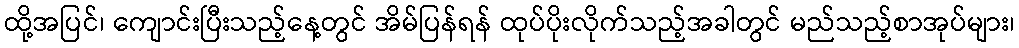
ထို့အပြင်၊ ကျောင်းပြီးသည့်နေ့တွင် အိမ်ပြန်ရန် ထုပ်ပိုးလိုက်သည့်အခါတွင် မည်သည့်စာအုပ်များ၊